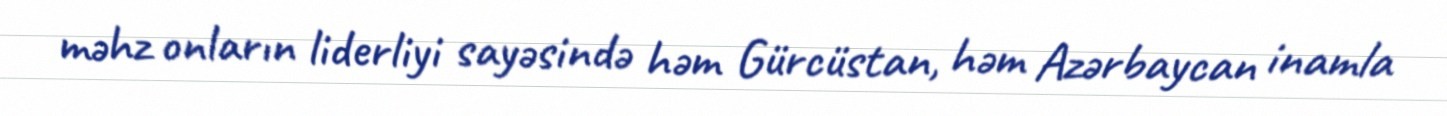
məhz onların liderliyi sayəsində həm Gürcüstan, həm Azərbaycan inamla